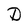
Character: D